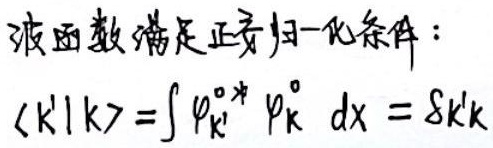
波函数满足正交归一化条件：
\(\langle k'|k\rangle=\int \varphi_{\mathrm{k}'}^{0*} \varphi_{\mathrm{k}}^{0} \mathrm{d}x = \delta_{k'k}\)